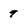
Character: 9